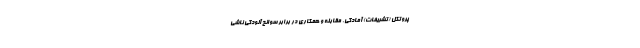
پروتکل (تشریفات) آمادگی، مقابله و همکاری در برابر سوانح آلودگی ناشی